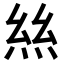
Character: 𢇁